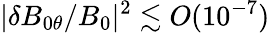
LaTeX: |\delta B_{0\theta}/B_{0}|^{2}\lesssim O(10^{-7})